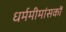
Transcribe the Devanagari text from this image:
धर्ममीमांसकों